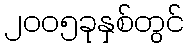
၂၀၀၅ခုနှစ်တွင်